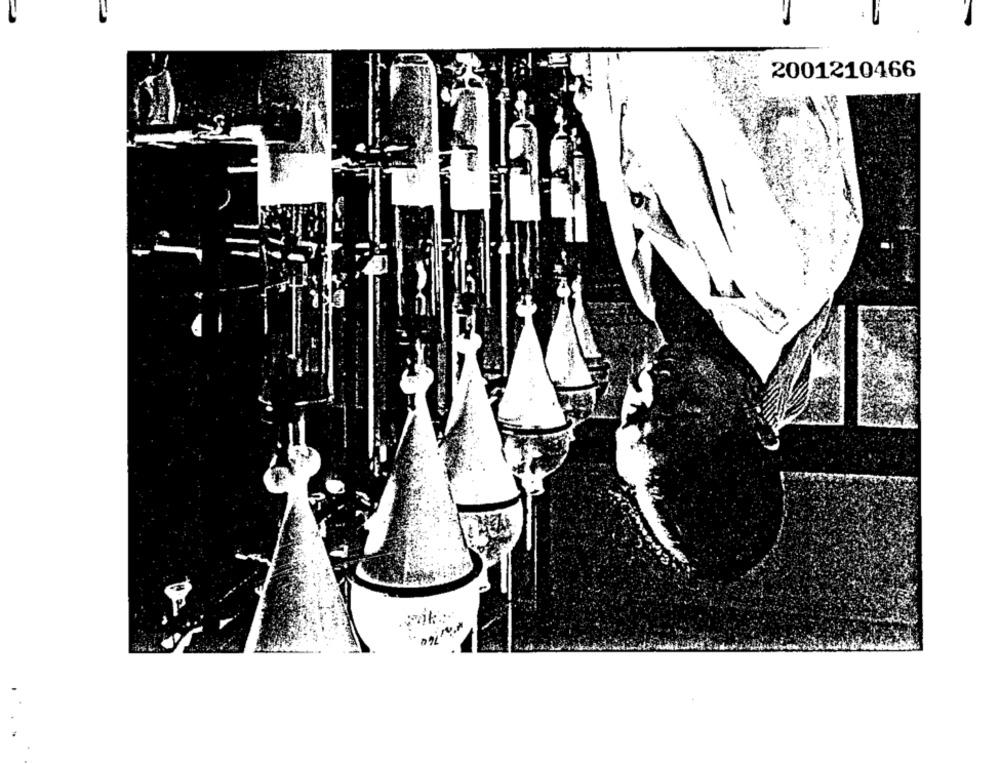
2001210466